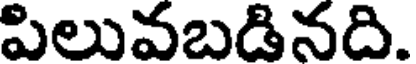
పిలువబడినది.